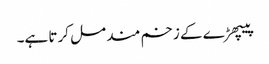
پیپھڑ ے کے زخم مند مل کرتا ہے۔